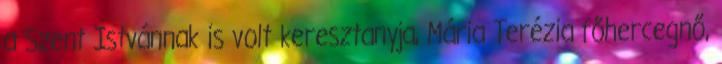
a Szent Istvánnak is volt keresztanyja, Mária Terézia főhercegnő,